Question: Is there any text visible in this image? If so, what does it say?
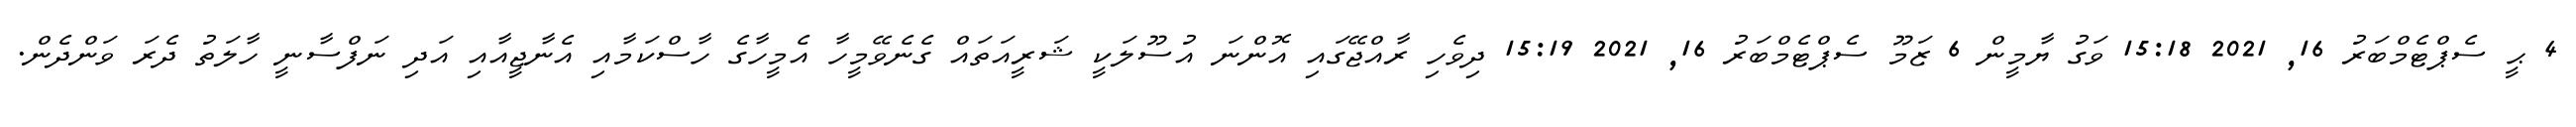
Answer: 4 ޙީ ސެޕްޓެމްބަރު 16, 2021 15:18 ވަގު ޔާމީން 6 ޒަމޫ ސެޕްޓެމްބަރު 16, 2021 15:19 ދިވެހި ރާއްޖޭގައި އޮންނަ އުސޫލަކީ ޝަރީއަތައް ގެނެވޭމީހާ އެމީހާގެ ހާސްކަމާއި އެނާޖީއާއި އަދި ނަފްސާނީ ހާލަތު ދެރަ ވަންދެން.